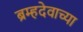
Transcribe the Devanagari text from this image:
ब्रम्हदेवाच्या